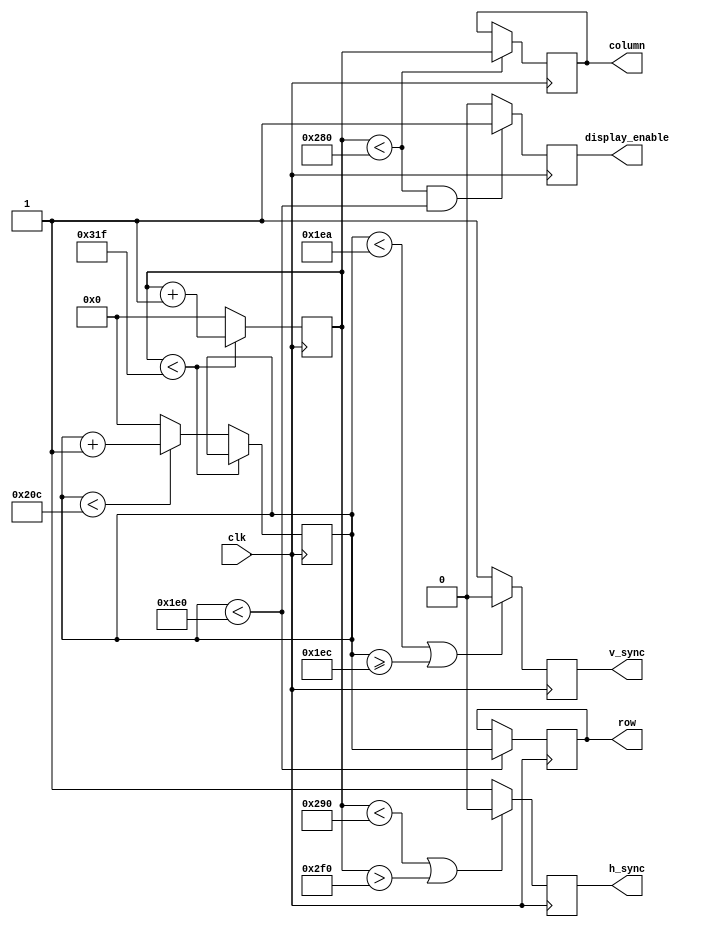
//Modulo que recibe una seal de clock adecuada
//y se encarga de proprocionar las seales coreespondientes
//para barrer un monitor VGA de una resolucion dada.

module VGA_controller(
  clk,
  display_enable,
  row,
  column,
  h_sync,
  v_sync
);
//Configuro la cantidad de pixels de cada parametro
//para un monitor VGA de 640*480.
//Parametros del barrido horizontal.
parameter H_PIXELS = 640;
parameter H_FRONT_PORSCH = 16;
parameter H_SYNC_PULSE = 96;
parameter H_BACK_PORSCH = 48; 
parameter H_POL=1;
parameter H_PERIOD= H_PIXELS+H_FRONT_PORSCH+H_BACK_PORSCH+H_SYNC_PULSE;
//Parametros del barrido vertical.
parameter V_PIXELS = 480;
parameter V_FRONT_PORSCH = 10;
parameter V_SYNC_PULSE = 2;
parameter V_BACK_PORSCH = 33;
parameter V_POL=1;
parameter V_PERIOD= V_PIXELS+V_FRONT_PORSCH+V_BACK_PORSCH+V_SYNC_PULSE;

input clk;
output reg display_enable;
output reg[15:0] row;
output reg[15:0] column;
output reg h_sync;
output reg v_sync;

reg [15:0] h_count; //Contador de pixels horizontales barridos.
reg [15:0] v_count; //Contador de pixels verticales barridos.

initial begin
  row<=0;
  column<=0;
  h_count<=0;
  v_count<=0;
end

always @(posedge clk) begin
//Actualizo los contadores.
  if (h_count < (H_PERIOD-1)) begin
    h_count <= h_count+1; //No termino de barrer la fila
  end

  else begin //Termino de barrer una fila
    h_count<=0; 
    if (v_count < (V_PERIOD-1)) begin
        v_count <= v_count+1; //No termino de barrer todas las filas.
    end
    else
        v_count<=0; //Termino de barrer todas las filas.
    
  end

  if ( h_count<(H_PIXELS+H_FRONT_PORSCH) || h_count>(H_PIXELS+H_FRONT_PORSCH+H_SYNC_PULSE)) begin
    h_sync <= ~(H_POL); //No estoy en el pulso de sync. 
  end
  else
    h_sync <= H_POL; //Estoy en el pulso de sync.

  //Actualizo la seal de v_sync  
  if ( v_count<(V_PIXELS+V_FRONT_PORSCH) || v_count>=(V_PIXELS+V_FRONT_PORSCH+V_SYNC_PULSE)) begin
   v_sync <= ~(V_POL); //No estoy en el pulso de sync. 
  end
  else
    v_sync <= V_POL; //Estoy en el pulso de sync.

  //Actualizo las coordenadas del pixel a mostrar.
  if(h_count < H_PIXELS)
    column <= h_count;
  if(v_count < V_PIXELS)
    row <= v_count;  

  //Determino si esta barriendo en la zona visible del display
  if (h_count < H_PIXELS && v_count < V_PIXELS) begin
    display_enable <= 1;
  end  
  else
    display_enable <= 0;
    
  
end


endmodule // VGA_controller